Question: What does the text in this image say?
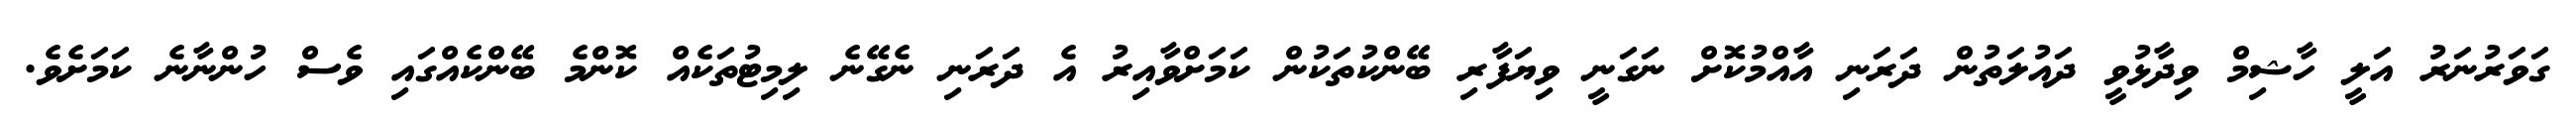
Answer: ގަވަރުނަރު އަލީ ހާޝިމް ވިދާޅުވީ ދައުލަތުން ދަރަނި އާއްމުކޮށް ނަގަނީ ވިޔަފާރި ބޭންކުތަކުން ކަމަށްވާއިރު އެ ދަރަނި ނެގޭނެ ލިމިޓުތަކެއް ކޮންމެ ބޭންކެއްގައި ވެސް ހުންނާނެ ކަމަށެވެ.